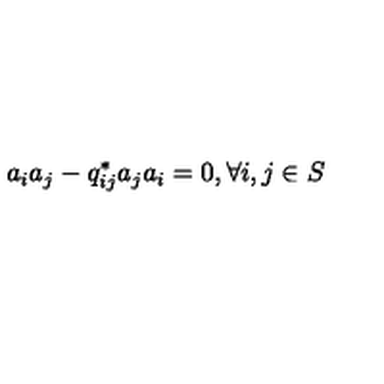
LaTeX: a _ { i } a _ { j } - q _ { i j } ^ { * } a _ { j } a _ { i } = 0 , \forall i , j \in S